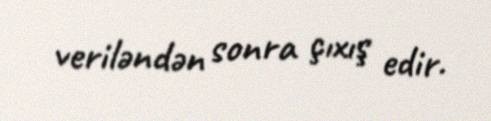
veriləndən sonra çıxış edir.